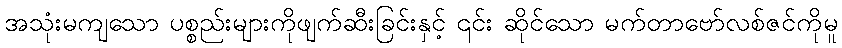
အသုံးမကျသော ပစ္စည်းများကိုဖျက်ဆီးခြင်းနှင့် ၎င်း ဆိုင်သော မက်တာဗော်လစ်ဇင်ကိုမူ